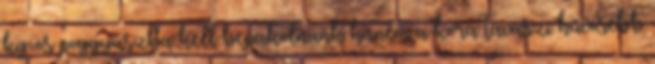
kg-os poggyászba kell bepakolnunk hanem a kora tavaszi hűvösebb